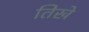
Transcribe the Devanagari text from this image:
तिखे